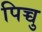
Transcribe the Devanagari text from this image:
पिच्चु